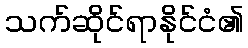
သက်ဆိုင်ရာနိုင်ငံ၏